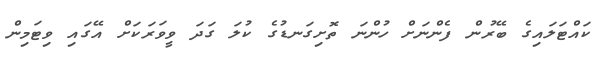
ކައްޓަލައިގެ ބޭރުން ފެންނަށް ހުންނަ ތޮށިގަނޑުގެ ކުލަ ގަދަ ވީވަރަކަށް އޭގައި ވިޓަމިން